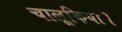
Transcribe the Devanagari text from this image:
चालूकिया।